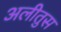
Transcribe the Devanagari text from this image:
अलीतुस